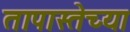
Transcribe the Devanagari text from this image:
तापास्तेच्या